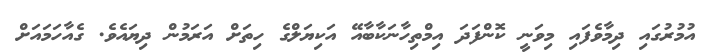
އުމުރުގައި ދިމާވެފައި މިވަނީ ކޮންފަދަ އިމްތިހާނަކާބާއޭ އަކިޔަލްގެ ހިތަށް އަރަމުން ދިޔައެވެ. ގެއާހަމައަށް